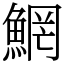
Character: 䱩